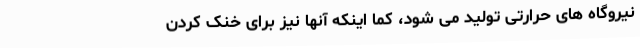
نیروگاه های حرارتی تولید می شود، کما اینکه آنها نیز برای خنک کردن